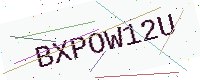
Text: BXPOW12U